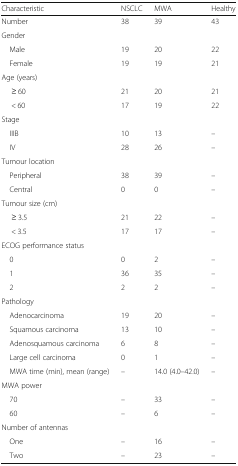
<table><thead><tr><td><b>Characteristic</b></td><td><b>NSCLC</b></td><td><b>MWA</b></td><td><b>Healthy</b></td></tr></thead><tbody><tr><td>Number</td><td>38</td><td>39</td><td>43</td></tr><tr><td colspan="4">Gender</td></tr><tr><td> Male</td><td>19</td><td>20</td><td>22</td></tr><tr><td> Female</td><td>19</td><td>19</td><td>21</td></tr><tr><td colspan="4">Age (years)</td></tr><tr><td>≥ 60</td><td>21</td><td>20</td><td>21</td></tr><tr><td>&lt; 60</td><td>17</td><td>19</td><td>22</td></tr><tr><td colspan="4">Stage</td></tr><tr><td> IIIB</td><td>10</td><td>13</td><td>–</td></tr><tr><td> IV</td><td>28</td><td>26</td><td>–</td></tr><tr><td colspan="4">Tumour location</td></tr><tr><td> Peripheral</td><td>38</td><td>39</td><td>–</td></tr><tr><td> Central</td><td>0</td><td>0</td><td>–</td></tr><tr><td colspan="4">Tumour size (cm)</td></tr><tr><td>≥ 3.5</td><td>21</td><td>22</td><td>–</td></tr><tr><td>&lt; 3.5</td><td>17</td><td>17</td><td>–</td></tr><tr><td colspan="4">ECOG performance status</td></tr><tr><td> 0</td><td>0</td><td>2</td><td>–</td></tr><tr><td> 1</td><td>36</td><td>35</td><td>–</td></tr><tr><td> 2</td><td>2</td><td>2</td><td>–</td></tr><tr><td colspan="4">Pathology</td></tr><tr><td> Adenocarcinoma</td><td>19</td><td>20</td><td>–</td></tr><tr><td> Squamous carcinoma</td><td>13</td><td>10</td><td>–</td></tr><tr><td> Adenosquamous carcinoma</td><td>6</td><td>8</td><td>–</td></tr><tr><td> Large cell carcinoma</td><td>0</td><td>1</td><td>–</td></tr><tr><td> MWA time (min), mean (range)</td><td>–</td><td>14.0 (4.0–42.0)</td><td>–</td></tr><tr><td colspan="4">MWA power</td></tr><tr><td> 70</td><td>–</td><td>33</td><td>–</td></tr><tr><td> 60</td><td>–</td><td>6</td><td>–</td></tr><tr><td colspan="4">Number of antennas</td></tr><tr><td> One</td><td>–</td><td>16</td><td>–</td></tr><tr><td> Two</td><td>–</td><td>23</td><td>–</td></tr></tbody></table>